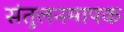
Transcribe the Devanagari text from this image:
संतुलनमापक